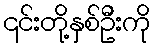
၎င်းတို့နှစ်ဦးကို